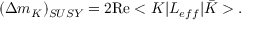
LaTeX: ( \Delta m _ { K } ) _ { S U S Y } = 2 \mathrm { R e } < K | { \cal L } _ { e f f } | \bar { K } > .